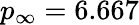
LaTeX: p_{\infty}=6.667